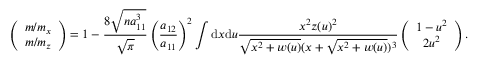
\left( \begin{array} { c } { m / m _ { x } } \\ { m / m _ { z } } \end{array} \right) = 1 - \frac { 8 \sqrt { n a _ { 1 1 } ^ { 3 } } } { \sqrt { \pi } } \left( \frac { a _ { 1 2 } } { a _ { 1 1 } } \right) ^ { 2 } \int \mathrm { d } x \mathrm { d } u \frac { x ^ { 2 } z ( u ) ^ { 2 } } { \sqrt { x ^ { 2 } + w ( u ) } ( x + \sqrt { x ^ { 2 } + w ( u ) } ) ^ { 3 } } \left( \begin{array} { c } { 1 - u ^ { 2 } } \\ { 2 u ^ { 2 } } \end{array} \right) .